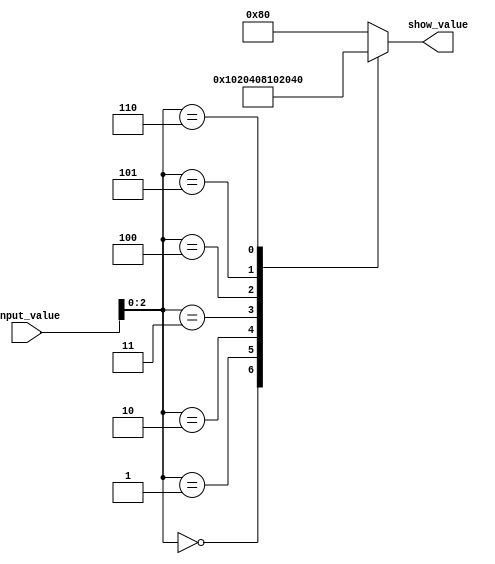
module control_LED
( input [7:0] input_value,
  output [7:0] show_value
);
/*
// Task 1: Input -> Output
assign show_value = input_value;
*/
/*
// Task 2: 2-1 Mux
wire[2:0] mux1;
wire[2:0] mux2;
reg [2:0] mux_out;
wire control;

assign mux1 = input_value[2:0];
assign mux2 = input_value[5:3];
assign control = input_value[6];
assign show_value[2:0] = mux_out;
assign show_value[7:3] = 5'b00000;

always@*
	case(control)
		1'b0: mux_out <= mux1;
		1'b1: mux_out <= mux2;
	endcase
*/
///*
// Task 3: 3-8 Decoder
wire [2:0] control;
reg[7:0] dec;

assign control = input_value[2:0];
assign show_value = dec;

always@*
case (control)
	3'b000  : dec <= 8'b00000001;
	3'b001  : dec <= 8'b00000010;
	3'b010  : dec <= 8'b00000100;
	3'b011  : dec <= 8'b00001000;
	3'b100  : dec <= 8'b00010000;
	3'b101  : dec <= 8'b00100000;
	3'b110  : dec <= 8'b01000000;
	default : dec <= 8'b10000000;
endcase
//*/
endmodule